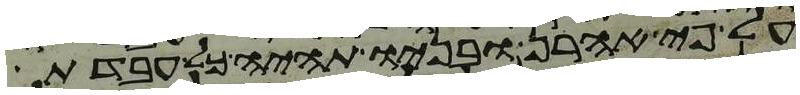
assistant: על פי אהרן ובניו תהיה כל עבדת